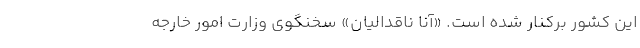
این کشور برکنار شده است. «آنا ناقدالیان» سخنگوی وزارت امور خارجه